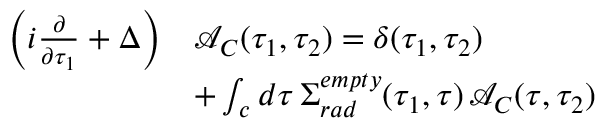
\begin{array} { r l } { \bigg ( i \frac { \partial } { \partial \tau _ { 1 } } + \Delta \bigg ) } & { \mathcal { A } _ { C } ( \tau _ { 1 } , \tau _ { 2 } ) = \delta ( \tau _ { 1 } , \tau _ { 2 } ) } \\ & { + \int _ { c } d \tau \, \Sigma _ { r a d } ^ { e m p t y } ( \tau _ { 1 } , \tau ) \, \mathcal { A } _ { C } ( \tau , \tau _ { 2 } ) } \end{array}